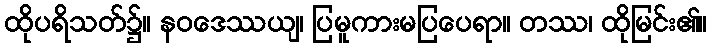
ထိုပရိသတ်၌။ နဝဒေဿယျ၊ ပြမူကားမပြပေရာ။ တဿ၊ ထိုမြင်း၏။